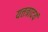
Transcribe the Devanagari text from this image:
यत्तत्रादयं